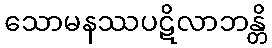
သောမနဿပဋိလာဘန္တိ